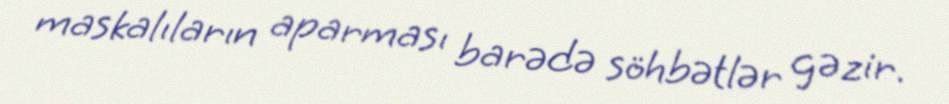
maskalıların aparması barədə söhbətlər gəzir.